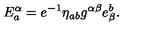
E _ { a } ^ { \alpha } = e ^ { - 1 } \eta _ { a b } g ^ { \alpha \beta } e _ { \beta } ^ { b } .